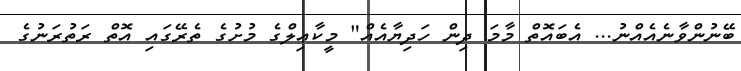
ބޭނުންވާނެއެއްނު... އެބައޮތް މާމަ ދިން ހަދިޔާއެއް" މީކާޢިލްގެ މުށުގެ ތެރޭގައި އޮތް ރަތުރަނުގެ